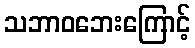
သဘာဝဘေးကြောင့်